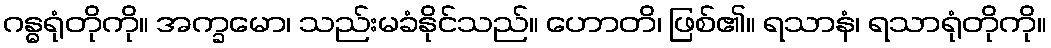
ဂန္ဓရုံတိုကို။ အက္ခမော၊ သည်းမခံနိုင်သည်။ ဟောတိ၊ ဖြစ်၏။ ရသာနံ၊ ရသာရုံတိုကို။